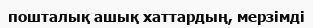
пошталық ашық хаттардың, мерзімді